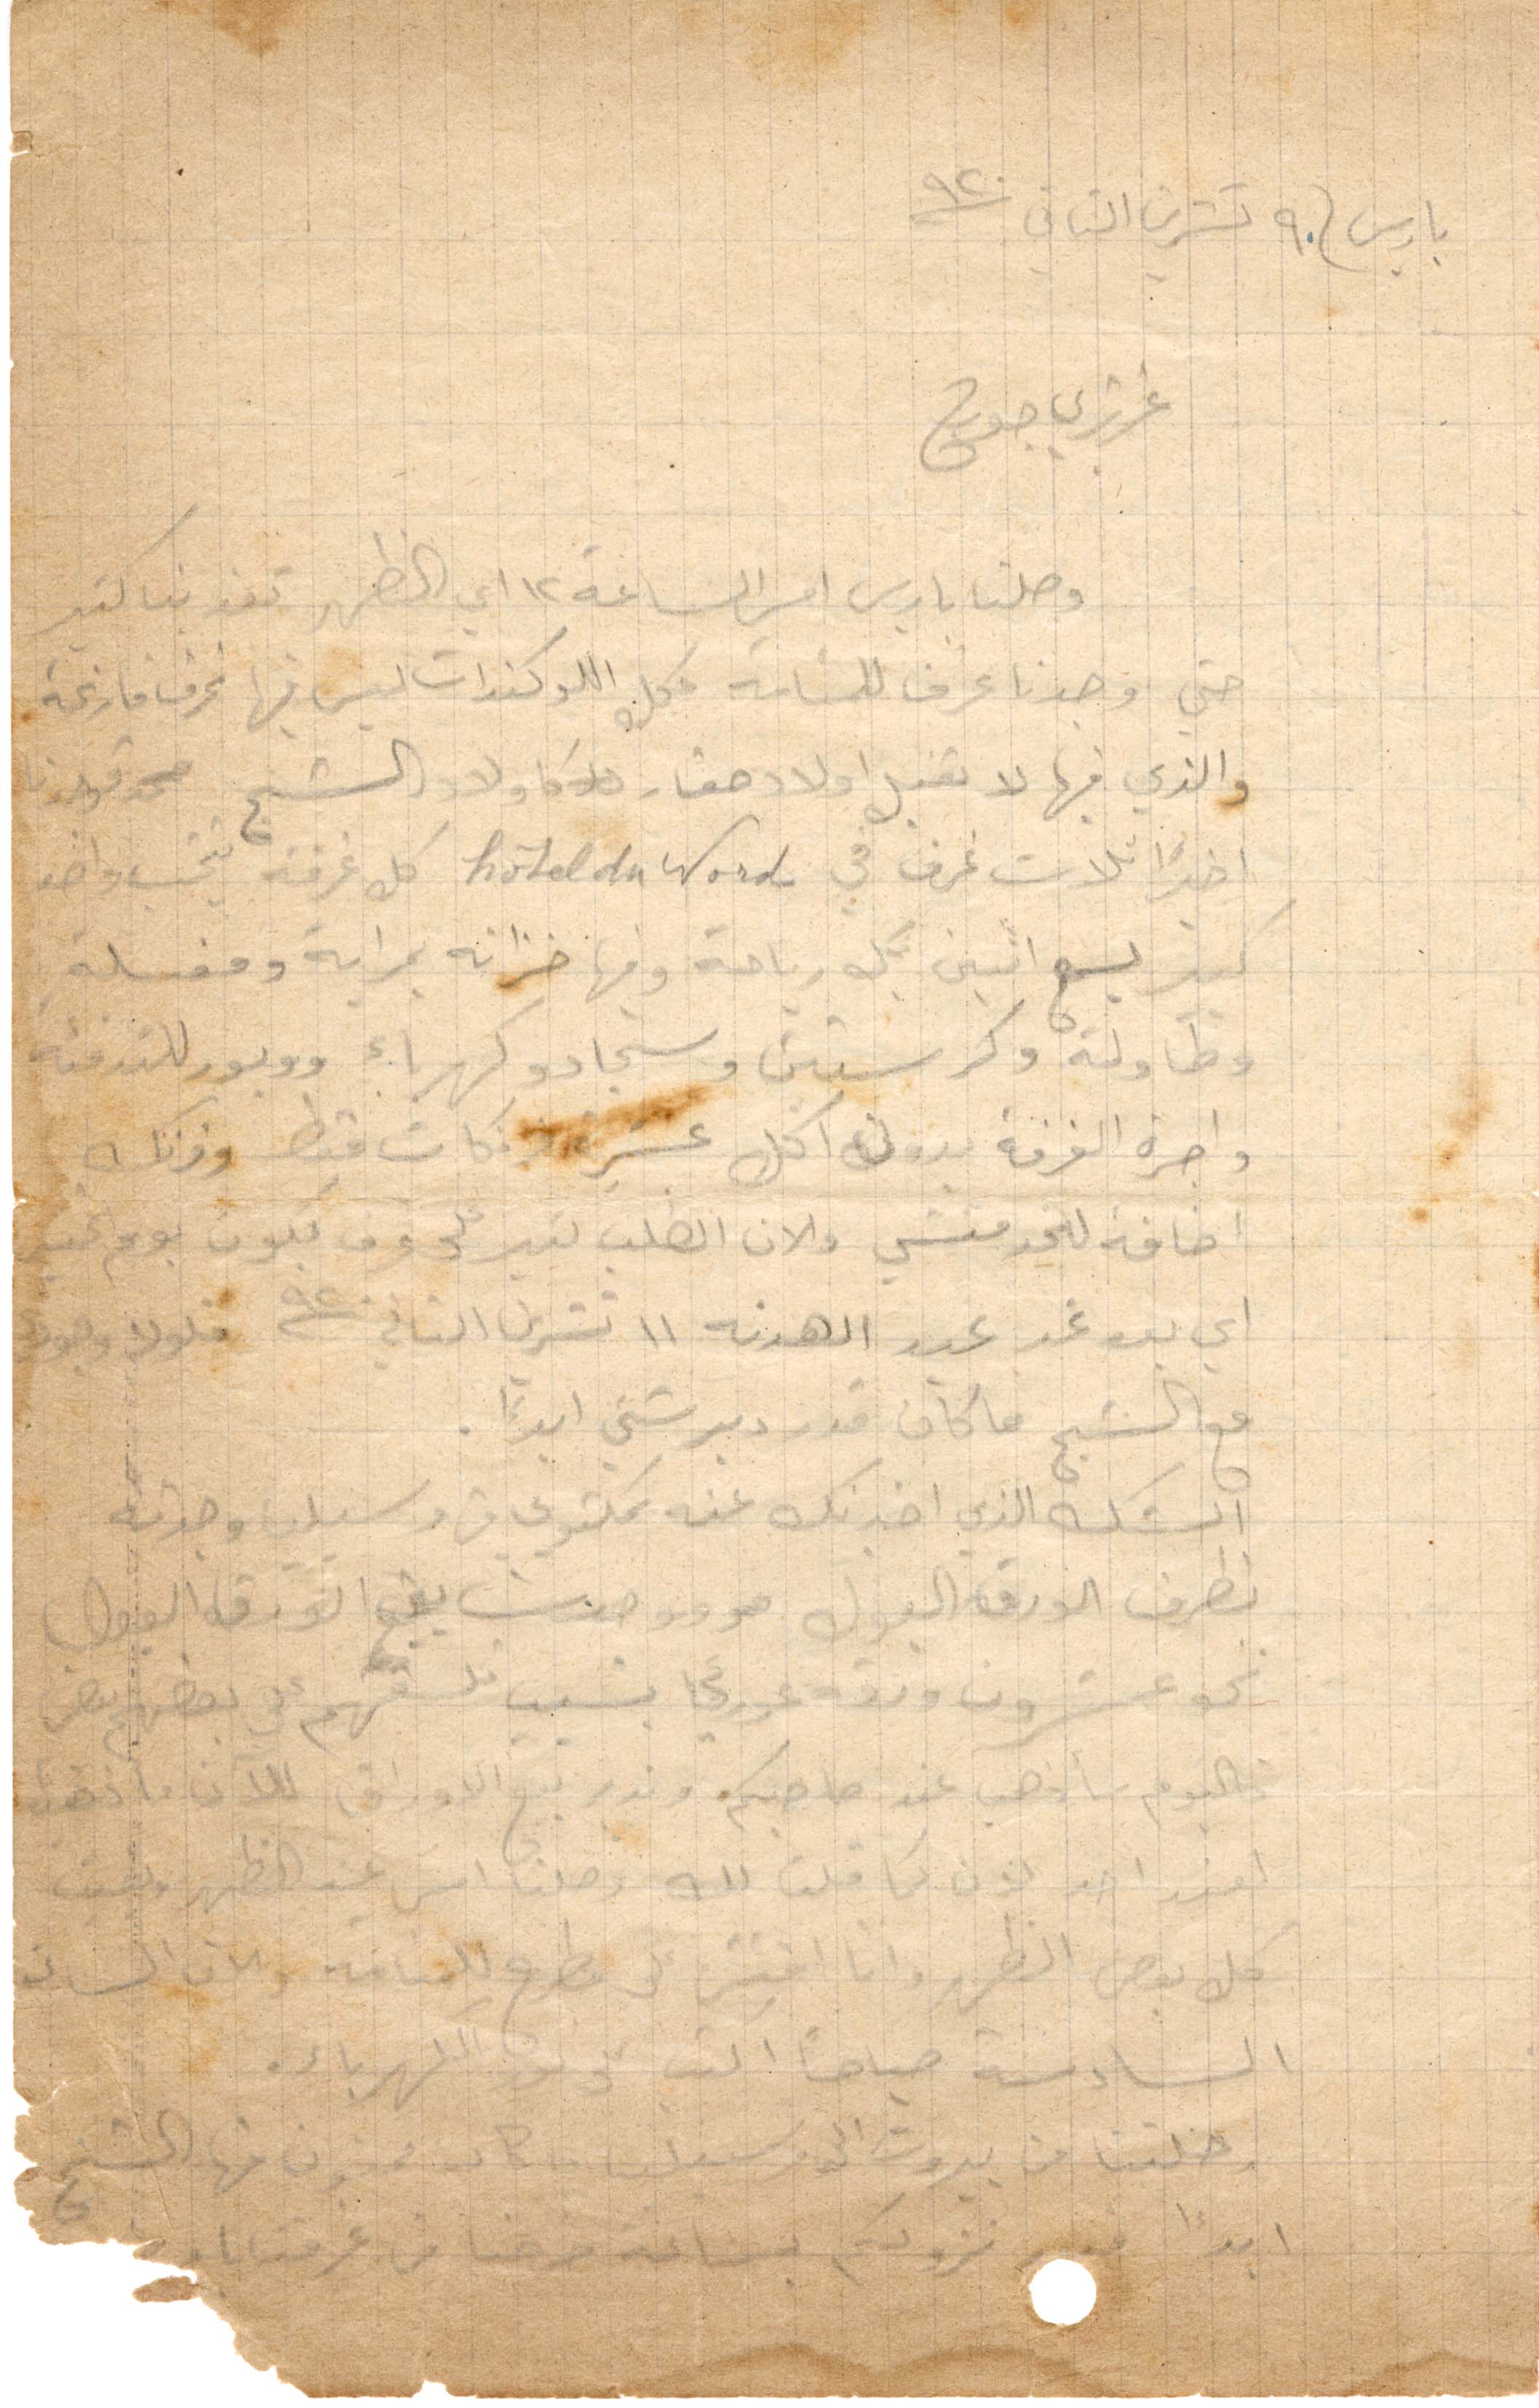
باريس في ٩ تشرين الثاني ١٩٢٠
عزيزي جورج
وصلنا باريس امس الساعة ١٢ أي الظهر تعزبنا كتير
حتى وجدنا غرف للمنامة محل اللوكندات ليس فيها غرف فارغة
والذي فيها لا تقبل أولاد أولاد حقار أولاد الشيخ محمد فوجدنا
اخيرًأ تلاث غرف في hotel du nord كل غرفة تخت واحد
كبير يسع اثنين بكل رياحة وفيها خزانة بمراية ومغسلة
وطاولة وكرستين وسجاد وكهرباء وببور للتدفئة
واحرة الغرفة بدون اكل عشرة فرنكات فقط وفرنك
إضافة للخدمتشي والان الان الطلب كبير على غرف بكون يوم الخميس
أي يوم غد عيد الهدنة ١١ تشرين الثاني ١٩٢٠ فلولا وجوده
مع الشيخ ما كان قدر دبر شي ابدًا.
الشك الذي اخبرتك عنه مكتوبي من وسيلة وجدته
بظرف الورقة البول هو وجدت يقع الورق البول
نحو عشرون ورقة عوري بسبب لصقهم على بعضهم البعض
اليوم سأذهب عند صاحبكم. [...] تبع الأوراق للآن بعد ما ذهبت
لعند احد بدن كما قلت لك وصلنا امس عند الظهر وبقيت
كل بعض الظهر وانا افتش عن مطرح للمنامة والآن الساعة
السادسة صباحًا اكتب على ضوء الكهرباء.
رحلتنا من بيروت إلى مرسيليا ما كان ممنون منها الشيخ
ابدًا نزودكم بساعة خرجنا من غرفتنا